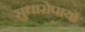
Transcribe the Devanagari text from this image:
सुधारोपायों